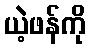
ယဲ့ဖန်ကို